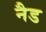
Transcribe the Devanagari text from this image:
नैड